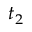
t _ { 2 }